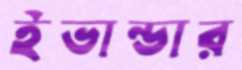
ইভান্ডার